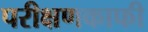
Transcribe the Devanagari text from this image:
परीक्षणकाफी